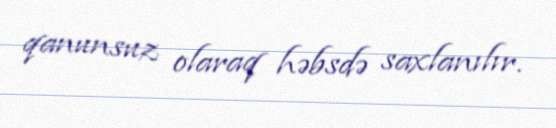
qanunsuz olaraq həbsdə saxlanılır.